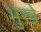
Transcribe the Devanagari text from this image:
भुखे